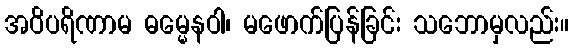
အဝိပရိဏာမ ဓမ္မေနဝါ၊ မဖောက်ပြန်ခြင်း သဘောမှလည်း။